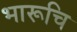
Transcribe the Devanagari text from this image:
भारूचि